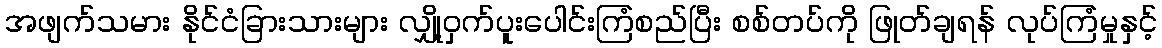
အဖျက်သမား နိုင်ငံခြားသားများ လျှို့ဝှက်ပူးပေါင်းကြံစည်ပြီး စစ်တပ်ကို ဖြုတ်ချရန် လုပ်ကြံမှုနှင့်